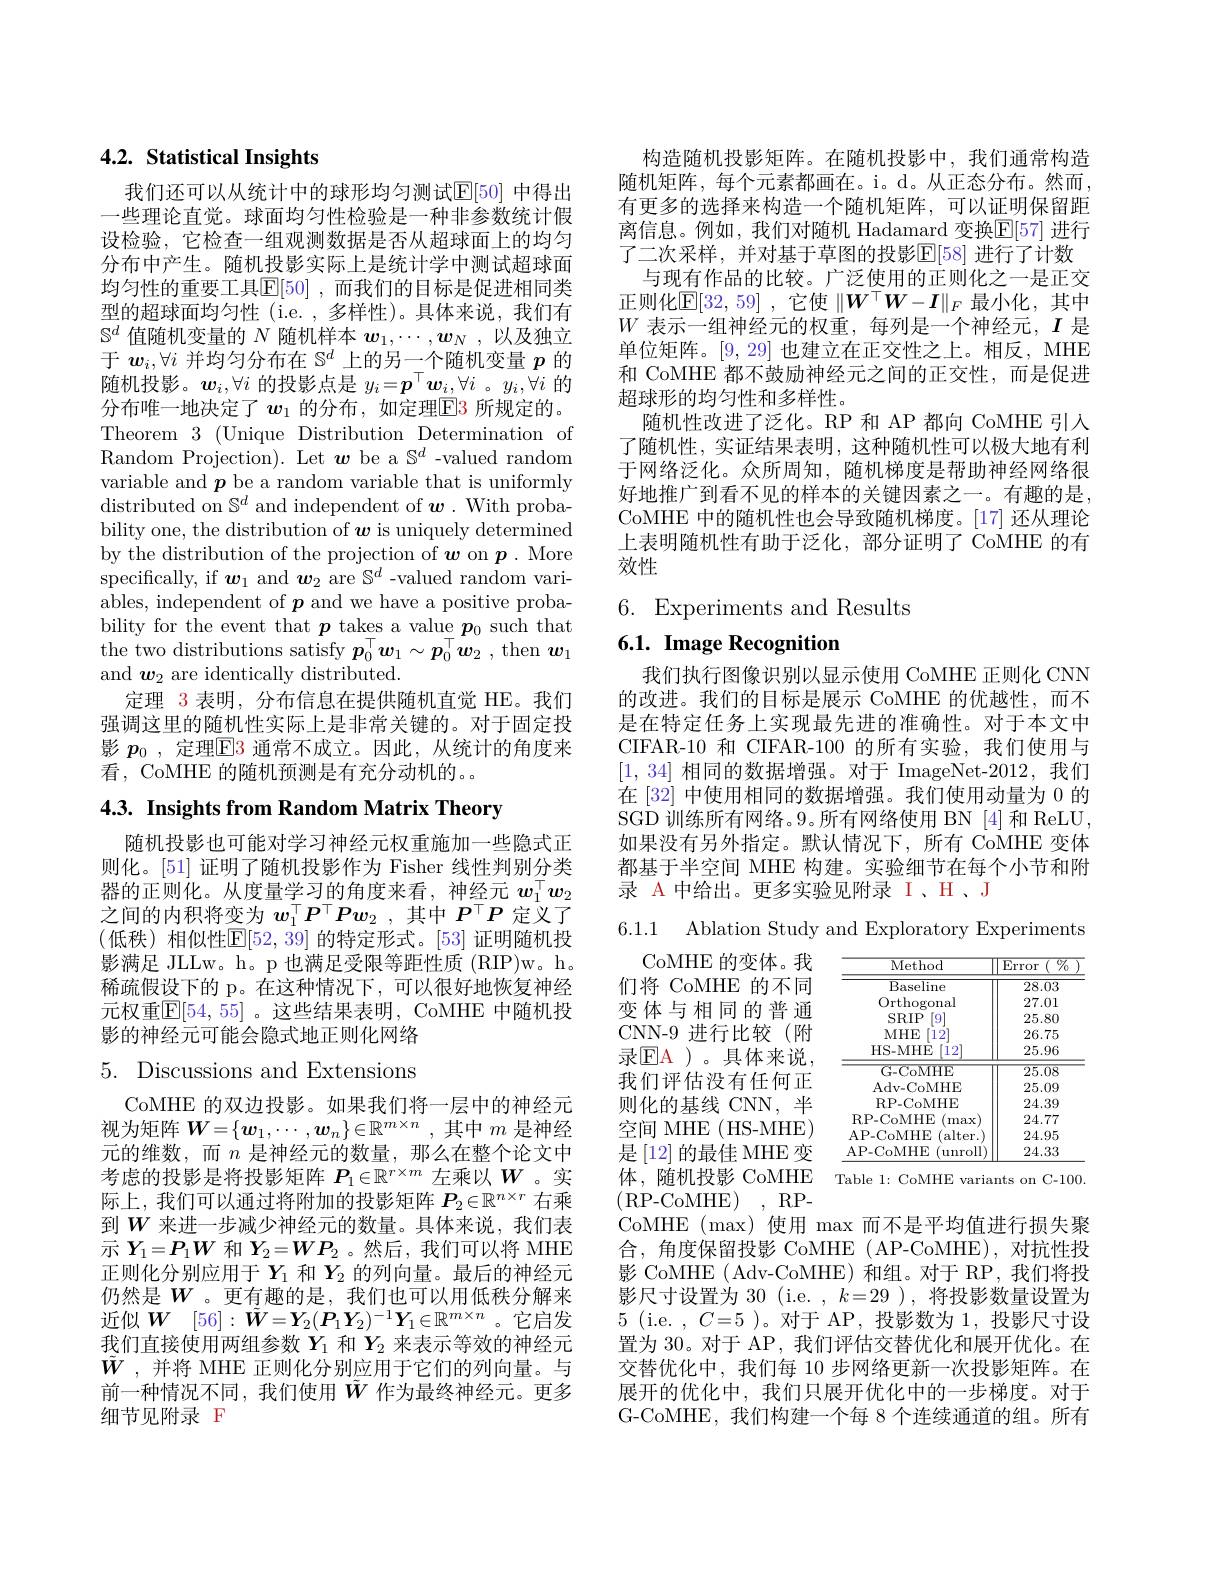
## 4.2. Statistical Insights

我们还可以从统计中的球形均匀测试$\overline{\mathbb{E}}[50]$ 中得出一些理论直觉。球面均匀性检验是一种非参数统计假设检验，它检查一组观测数据是否从超球面上的均匀分布中产生。随机投影实际上是统计学中测试超球面均匀性的重要工具$\mathbb{E}[50]$ ,而我们的目标是促进相同类型的超球面均匀性 (i.e. , 多样性)。具体来说，我们有$\mathbb{S}^d$值随机变量的$N$随机样本$w_1,\cdots,\boldsymbol{w}_N$ ,以及独立于$\boldsymbol w_i,\forall i$并均匀分布在$\mathbb{S}^d$上的另一个随机变量$p$的随机投影。$w_i,\forall i$的投影点是$y_i=\boldsymbol{p}^\top\boldsymbol{w}_i,\forall i$ 。$y_i,\forall i$的分布唯一地决定了$w_1$的分布，如定理$\boxed{\mathrm{E}}\color{red}{3}$所规定的。Theorem $3\allowbreak ( {\mathrm{mod}} $Unique Distribution) Determination of Random Projection). Let $\boldsymbol w$ be a $\mathbb{S}^d$ -valued random variable and $p$ be a random variable that is uniformly distributed on $\mathbb{S}^d$ and independent of $\boldsymbol w.$ With probability one, the distribution of $\boldsymbol w$ is uniquely determined by the distribution of the projection of $w$ on $p.$ More specifically, if $\boldsymbol w_1$ and $\boldsymbol w_2$ are $\mathbb{S}^d$ -valued random variables, independent of $\boldsymbol{p}$ and we have a positive probability for the event that $\boldsymbol p\text{ takes a value}_{-}\boldsymbol{p}_0$ such that the two distributions satisfy $p_0^\top\boldsymbol{w}_1\sim\boldsymbol{p}_0^\top\boldsymbol{w}_2~$,then $\boldsymbol{w}_1$ and $\boldsymbol w_{2}$ are identically distributed.
定理 3 表明，分布信息在提供随机直觉 HE。我们强调这里的随机性实际上是非常关键的。对于固定投影 $p_0$ ,定理$\overline{\mathrm{E}}$3 通常不成立。因此，从统计的角度来看，CoMHE 的随机预测是有充分动机的。

4.3. Insights from Random Matrix Theory

随机投影也可能对学习神经元权重施加一些隐式正则化。[51] 证明了随机投影作为 Fisher 线性判别分类器的正则化。从度量学习的角度来看，神经元$w_1^\top w_2$ 之间的内积将变为$w_1^\top P^\top Pw_2$ ,其中$P^\top P$定义了(低秩)相似性$\mathbb{E}[52,39]$ 的特定形式。[53] 证明随机投影满足 JLLw。h。p 也满足受限等距性质 (RIP)w。h。稀疏假设下的 p。在这种情况下，可以很好地恢复神经元权重$\mathbb{E}[54,55]$。这些结果表明，CoMHE 中随机投影的神经元可能会隐式地正则化网络

# 5. Discussions and Extensions

CoMHE 的双边投影。如果我们将一层中的神经元视为矩阵$W=\{\boldsymbol{w}_1,\cdots,\boldsymbol{w}_n\}\in\mathbb{R}^{m\times n}$,其中$m$是神经元的维数，而$n$是神经元的数量，那么在整个论文中考虑的投影是将投影矩阵$P_1\in\mathbb{R}^{r\times m}$左乘以$W$ 。实际上，我们可以通过将附加的投影矩阵$P_2\in\mathbb{R}^{n\times r}$右乘到$W$来进一步减少神经元的数量。具体来说，我们表示$Y_1=\boldsymbol{P}_1\boldsymbol{W}$和$Y_2=\boldsymbol{W}\boldsymbol{P}_2$ 。然后，我们可以将 MHE 正则化分别应用于$Y_{1}$和$Y_{2}$的列向量。最后的神经元仍然是$W$ 。更有趣的是，我们也可以用低秩分解来近似$\boldsymbol{W}$ $[ 56] : \tilde{\boldsymbol{W}} = \boldsymbol{Y}_2( \boldsymbol{P}_1\boldsymbol{Y}_2) ^{- 1}\boldsymbol{Y}_1\in \mathbb{R} ^{m\times n}$。它启发我们直接使用两组参数$Y_1$和$Y_2$来表示等效的神经元$\tilde{W}$ ,并将 MHE 正则化分别应用于它们的列向量。与前一种情况不同，我们使用$\tilde{W}$作为最终神经元。更多细节见附录 F

构造随机投影矩阵。在随机投影中，我们通常构造随机矩阵，每个元素都画在。i。d。从正态分布。然而， 有更多的选择来构造一个随机矩阵，可以证明保留距离信息。例如，我们对随机 Hadamard 变换$\mathbb{E}[57]$ 进行了二次采样，并对基于草图的投影$\mathbb{E}[58]$ 进行了计数
与现有作品的比较。广泛使用的正则化之一是正交正则化$\mathbb{E}[32,59]$ ,它使 $\|W^\top W-\boldsymbol{I}\|_F$ 最小化，其中$W$表示一组神经元的权重，每列是一个神经元，$I$是单位矩阵。[9,29]也建立在正交性之上。相反，MHE 和 CoMHE 都不鼓励神经元之间的正交性，而是促进超球形的均匀性和多样性。
随机性改进了泛化。RP 和 AP 都向 CoMHE 引人了随机性，实证结果表明，这种随机性可以极大地有利于网络泛化。众所周知，随机梯度是帮助神经网络很好地推广到看不见的样本的关键因素之一。有趣的是， CoMHE 中的随机性也会导致随机梯度。[17] 还从理论上表明随机性有助于泛化，部分证明了 CoMHE 的有效性

# 6. Experiments and Results $6. 1. \textbf{Image Recognition}$

我们执行图像识别以显示使用 CoMHE 正则化 CNN 的改进。我们的目标是展示 CoMHE 的优越性，而不是在特定任务上实现最先进的准确性。对于本文中CIFAR-10 和 CIFAR-100 的所有实验，我们使用与[1,34]相同的数据增强。对于 ImageNet-2012,我们在 [32] 中使用相同的数据增强。我们使用动量为 0 的SGD 训练所有网络。9。所有网络使用 BN [4]和 ReLU, 如果没有另外指定。默认情况下，所有 CoMHE 变体都基于半空间 MHE 构建。实验细节在每个小节和附录 A 中给出。更多实验见附录 I、H、J

6.1.1 Ablation Study and Exploratory Experiments

<table>
	<tbody>
		<tr>
			<th>Method</th>
			<th>$\overline{\text{Error}}$ $\overline{\textcircled[0]{7}_0}$</th>
		</tr>
		<tr>
			<td>Baseline</td>
			<td>28.03</td>
		</tr>
		<tr>
			<td>Orthogonal</td>
			<td>27.01</td>
		</tr>
		<tr>
			<td>SRIP $'9$</td>
			<td>25.80</td>
		</tr>
		<tr>
			<td>MHE $12^{\prime}$</td>
			<td>26.75</td>
		</tr>
		<tr>
			<td>HS- MHE $12^{\prime}$</td>
			<td>25.96</td>
		</tr>
		<tr>
			<td>G-CoMHE</td>
			<td>25.08</td>
		</tr>
		<tr>
			<td>Adv- CoMHE</td>
			<td>25.09</td>
		</tr>
		<tr>
			<td>RP-CoMHE</td>
			<td>24.39</td>
		</tr>
		<tr>
			<td>RP-CoMHE max</td>
			<td>24.77</td>
		</tr>
		<tr>
			<td>AP- CoMHE (alter.</td>
			<td>24.95</td>
		</tr>
		<tr>
			<td>AP-CoMHE ${\mathrm{unroll}}$</td>
			<td>24.33</td>
		</tr>
	</tbody>
</table>
体，随机投影 CoMHE Table l: CoMHE variants on C-100.

CoMHE 的变体。我们将 CoMHE 的不同变体与相同的普通CNN-9 进行比较(附录$\textcircled{\mathrm{EA}}$)。具体来说我们评估没有任何正则化的基线 CNN, 半空间 MHE ( HS-MHE) 是$\left[12\right]$的最佳 MHE变(RP-CoMHE) ,RP-

CoMHE (max) 使用 max 而不是平均值进行损失聚合，角度保留投影 CoMHE (AP-CoMHE),对抗性投影 CoMHE ( Adv-CoMHE) 和组。对于 RP, 我们将投影尺寸设置为 30 (i.e. $,k=29$ ),将投影数量设置为5 ( i. e. , $C{= }5$ )。对于 AP,投影数为 1,投影尺寸设置为 30。对于 AP, 我们评估交替优化和展开优化。在交替优化中，我们每 10 步网络更新一次投影矩阵。在展开的优化中，我们只展开优化中的一步梯度。对于G-CoMHE,我们构建一个每 8 个连续通道的组。所有